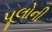
પૂલોની